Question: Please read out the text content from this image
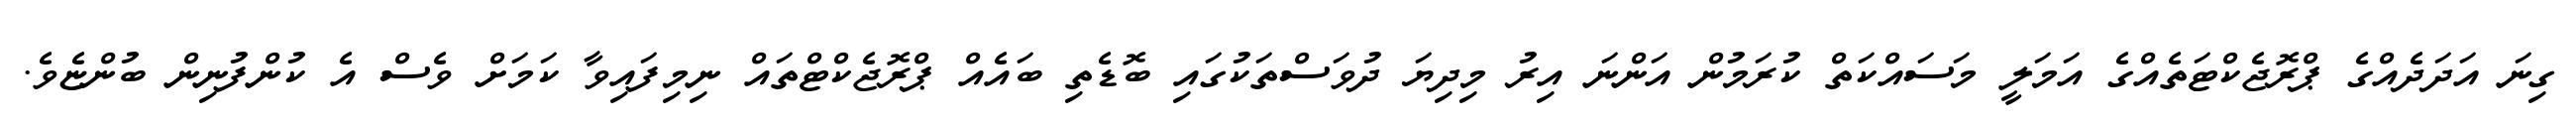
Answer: ގިނަ އަދަދެއްގެ ޕްރޮޖެކްޓަތެއްގެ އަމަލީ މަސައްކަތް ކުރަމުން އަންނަ އިރު މިދިޔަ ދުވަސްތަކުގައި ބޮޑެތި ބައެއް ޕްރޮޖެކްޓްތައް ނިމިފައިވާ ކަމަށް ވެސް އެ ކުންފުނިން ބުންޏެވެ.